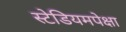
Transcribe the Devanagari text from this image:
स्टेडियमपेक्षा